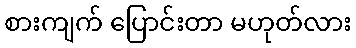
စားကျက် ပြောင်းတာ မဟုတ်လား